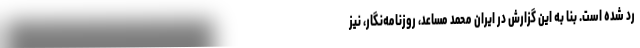
رد شده است. بنا به این گزارش در ایران محمد مساعد، روزنامه‌نگار، نیز